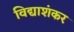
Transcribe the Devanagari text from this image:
विद्याशंकर